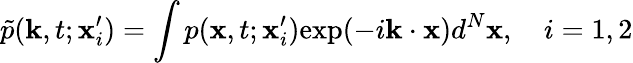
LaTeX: \tilde{p}(\mathbf{k},t;\mathbf{x}_{i}^{\prime})=\int p(\mathbf{x},t;\mathbf{x}_{i}^{\prime})\mathrm{exp}(-i\mathbf{k}\cdot\mathbf{x})d^{N}\mathbf{x},\quad i=1,2